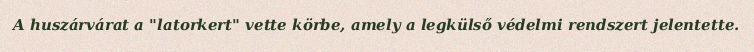
A huszárvárat a "latorkert" vette körbe, amely a legkülső védelmi rendszert jelentette.